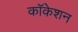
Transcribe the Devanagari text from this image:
कॉकेशन